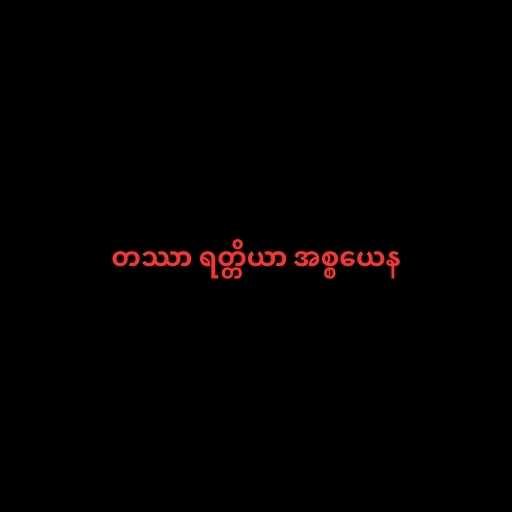
တဿာ ရတ္တိယာ အစ္စယေန